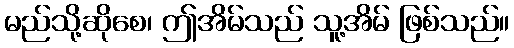
မည်သို့ဆိုစေ၊ ဤအိမ်သည် သူ့အိမ် ဖြစ်သည်။